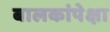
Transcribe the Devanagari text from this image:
बालकांपेक्षा